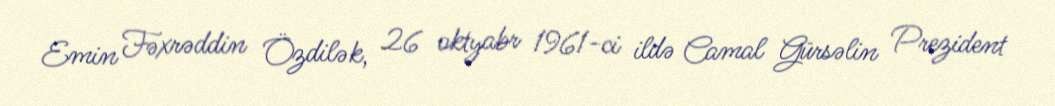
Emin Fəxrəddin Özdilək, 26 oktyabr 1961-ci ildə Camal Gürsəlin Prezident